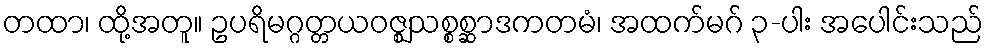
တထာ၊ ထို့အတူ။ ဥပရိမဂ္ဂတ္တယဝဇ္ဈသစ္စစ္ဆာဒကတမံ၊ အထက်မဂ် ၃-ပါး အပေါင်းသည်